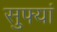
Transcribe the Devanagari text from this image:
सुफ्यां